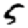
Digit: 5